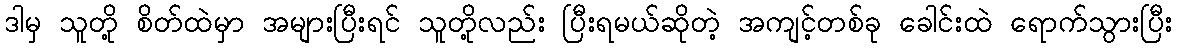
ဒါမှ သူတို့ စိတ်ထဲမှာ အများပြီးရင် သူတို့လည်း ပြီးရမယ်ဆိုတဲ့ အကျင့်တစ်ခု ခေါင်းထဲ ရောက်သွားပြီး